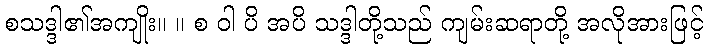
စသဒ္ဒါ၏အကျိုး။ ။ စ ဝါ ပိ အပိ သဒ္ဒါတို့သည် ကျမ်းဆရာတို့ အလိုအားဖြင့်